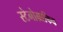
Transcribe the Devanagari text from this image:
स्टेनोग्राफिक